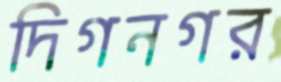
দিগনগর